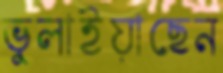
ভুলাইয়াছেন